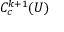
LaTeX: C _ { c } ^ { k + 1 } ( U )